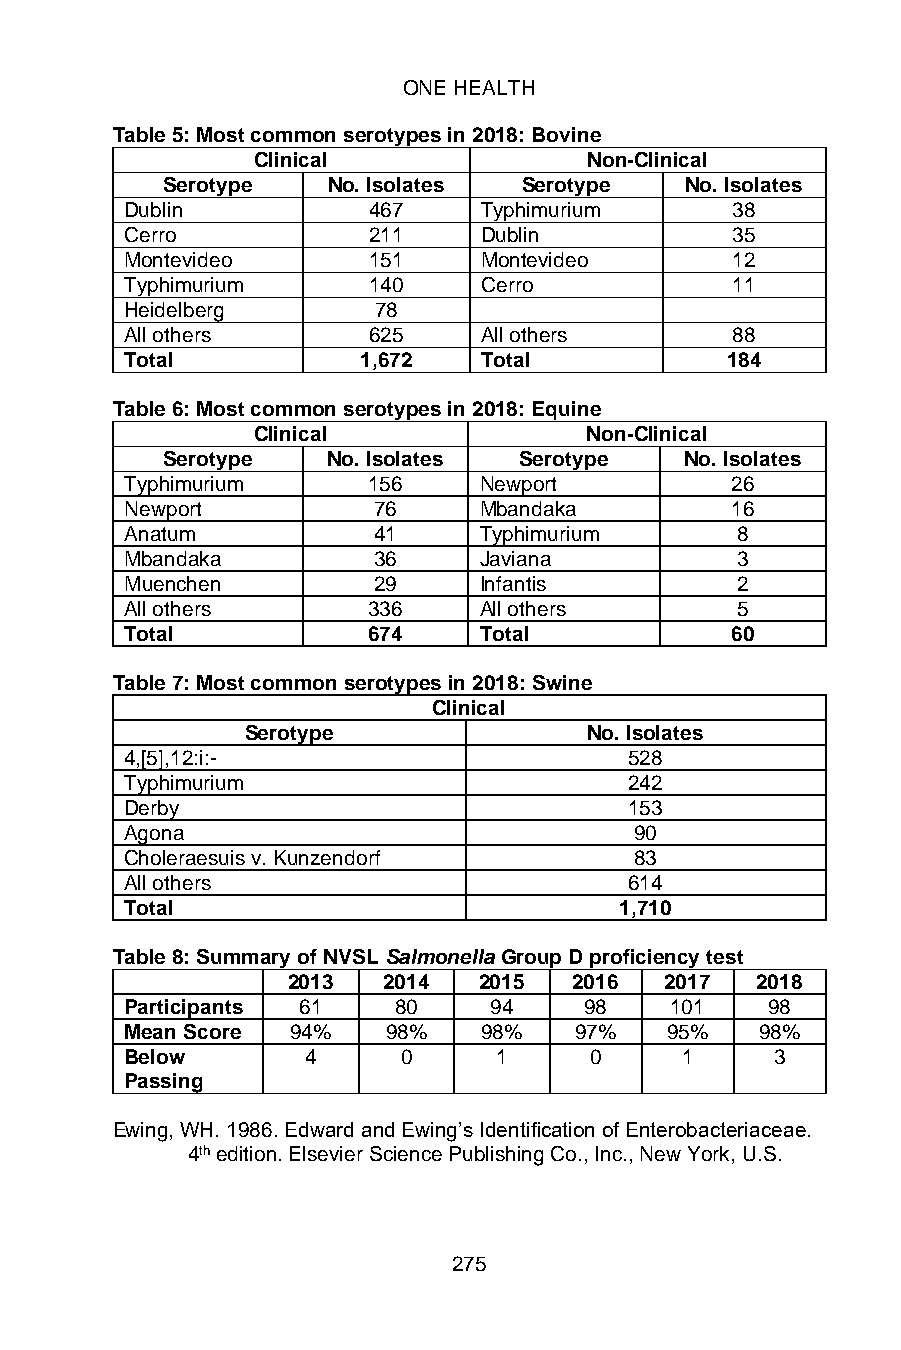
ONE HEALTH
 Table 5: Most common serotypes in 2018: Bovine
 Clinical              Non-Clinical
 Serotype   No. Isolates Serotype  No. Isolates
 Dublin          467     Typhimurium     38
 Cerro           211     Dublin          35
 Montevideo      151     Montevideo      12
 Typhimurium     140     Cerro           11
 Heidelberg       78
 All others      625     All others      88
 Total           1,672   Total           184
 Table 6: Most common serotypes in 2018: Equine
 Clinical              Non-Clinical
 Serotype   No. Isolates Serotype  No. Isolates
 Typhimurium     156     Newport         26
 Newport          76     Mbandaka        16
 Anatum           41     Typhimurium      8
 Mbandaka         36     Javiana          3
 Muenchen         29     Infantis         2
 All others      336     All others       5
 Total           674     Total           60
 Table 7: Most common serotypes in 2018: Swine
 Clinical
 Serotype               No. Isolates
 4,[5],12:i:-                      528
 Typhimurium                       242
 Derby                             153
 Agona                             90
 Choleraesuis v. Kunzendorf        83
 All others                        614
 Total                            1,710
 Table 8: Summary of NVSL Salmonella Group D proficiency test
 2013  2014   2015  2016  2017  2018
 Participants 61   80    94     98   101    98
 Mean Score 94%   98%    98%   97%   95%   98%
 Below       4     0      1     0     1     3
 Passing
 Ewing, WH. 1986. Edward and Ewing’s Identification of Enterobacteriaceae.
 4th edition. Elsevier Science Publishing Co., Inc., New York, U.S.
 275